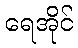
ရေအိုင်